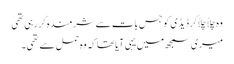
وہ چِلّا چِلّاکر ڈیڈی کو جس بات سے شرمندہ کررہی تھی
میری سمجھ میں یہی آیا تھا کہ وہ حمل سے تھی ۔